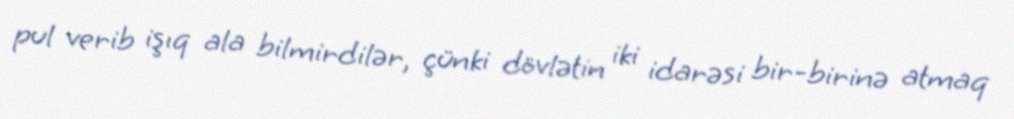
pul verib işıq ala bilmirdilər, çünki dövlətin iki idarəsi bir-birinə atmaq